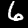
Label: 6